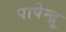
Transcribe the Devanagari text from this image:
पापेन्द्रु